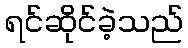
ရင်ဆိုင်ခဲ့သည်